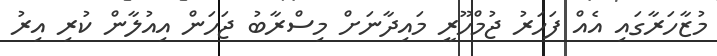
މުޒާހަރާގައި އެއް ފަހަރު ޖުމްހޫރީ މައިދާނަށް މިސްރާބު ޖަހަން އިއުލާން ކުރި އިރު